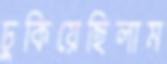
ঢুকিয়েছিলাম